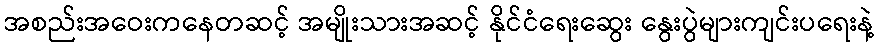
အစည်းအဝေးကနေတဆင့် အမျိုးသားအဆင့် နိုင်ငံရေးဆွေး နွေးပွဲများကျင်းပရေးနဲ့